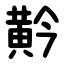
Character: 黅